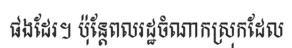
ផងដែរ។ ប៉ុន្តែពលរដ្ឋចំណាកស្រុកដែល